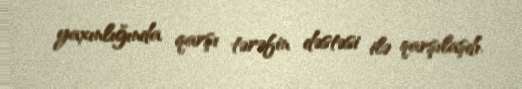
yaxınlığında qarşı tərəfin dəstəsi ilə qarşılaşdı.